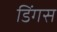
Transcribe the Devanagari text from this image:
डिंगस